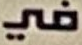
في